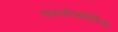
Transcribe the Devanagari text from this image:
पायरोफोरिक